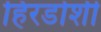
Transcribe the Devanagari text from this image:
हिरडोशी